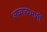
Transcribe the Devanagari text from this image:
अध्यात्ममार्गी